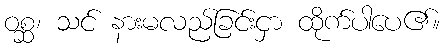
ဝစ္ဆ၊ သင် နားမလည်ခြင်းငှာ ထိုက်ပါပေ၏။